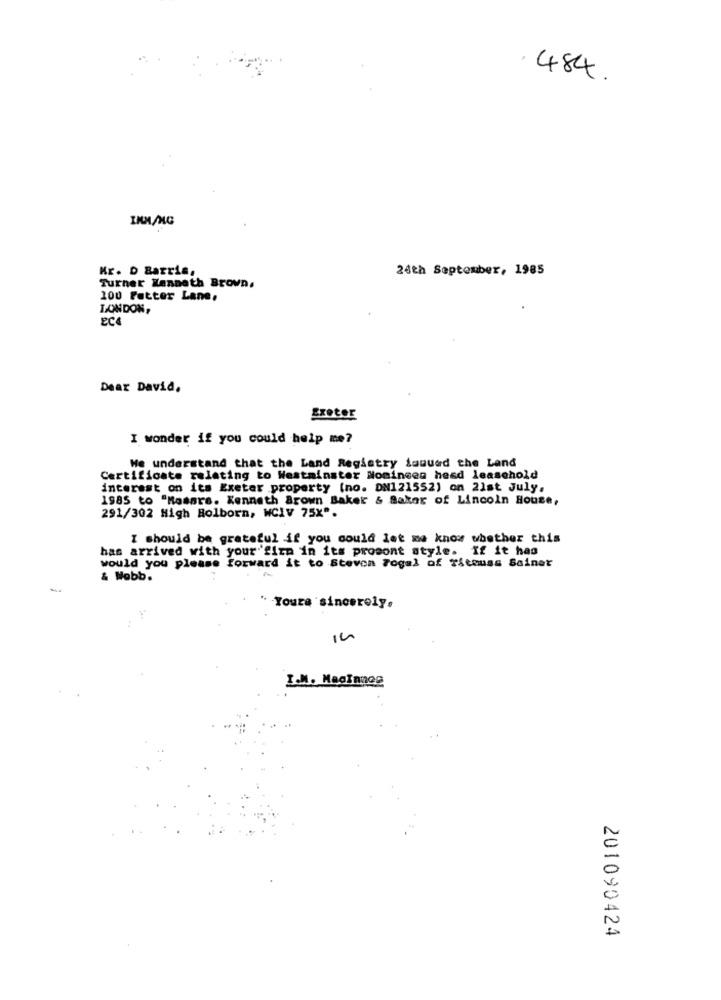
484.
INN/NC
Kr. D Barris,
24th September, 1985
Turner Kenneth Brown,
100 Fatter Lane.
LONDON,
EC4
Dear David,
Exeter
I wonder if you could help me?
We understand that the Land Registry fouudd the Land
Certificate relating to Westminster Nomineen hesd leasehold
interest on its Exeter property (no. DN121552) on 21st July,
1985 to "Masare. Kenneth Brown Baker & Saker of Lincoln House,
291/302 High Holborn, WCIV 75X".
I should be grateful if you could let me know whether this
has arrived with your firm in its prosont style. If it has
would you please forward it to Stevon Fogal of Ticmuss Seiner
& Wobb.
" Yours sincerely.
I.M. MaoInnog
201090424